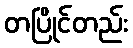
တပြိုင်တည်း